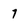
Character: 7